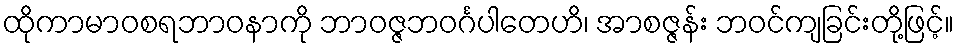
ထိုကာမာဝစရဘာဝနာကို ဘာဝဇ္ဇဘဝင်္ဂပါတေဟိ၊ အာစဇ္ဇန်း ဘဝင်ကျခြင်းတို့ဖြင့်။